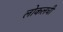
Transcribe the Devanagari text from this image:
लोकलची